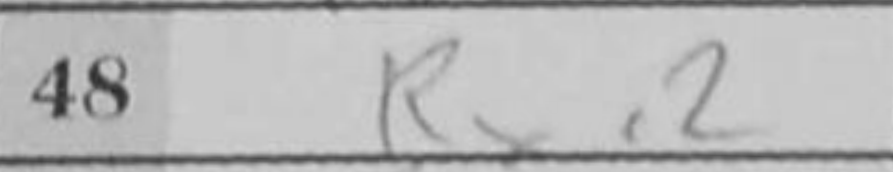
Transcription: Rxe2